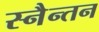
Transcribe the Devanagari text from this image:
स्नैन्तन